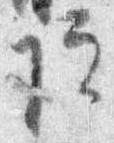
院